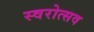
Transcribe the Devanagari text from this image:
स्वरोत्सव